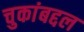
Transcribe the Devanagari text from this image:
चुकांबद्दल